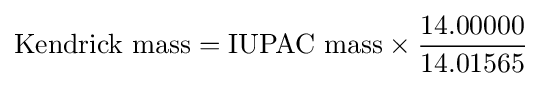
{\text{Kendrick mass}}={\text{IUPAC mass}}\times {\frac {14.00000}{14.01565}}